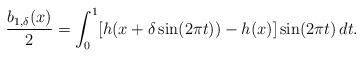
LaTeX: \begin{align*}\dfrac{b_{1,\delta}(x)}{2} =\int_0^1 [h(x+\delta \sin(2\pi t))-h(x)]\sin(2\pi t)\,dt.\end{align*}